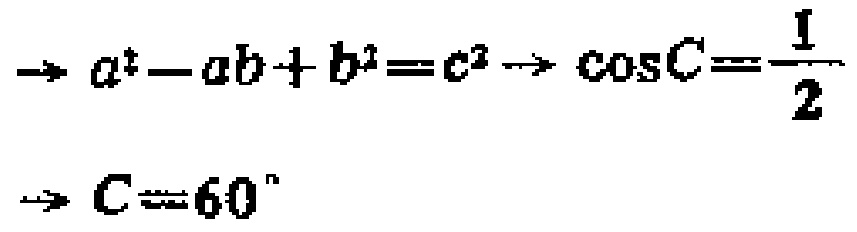
\(\rightarrow a^{2}-ab + b^{2}=c^{2}\rightarrow\cos C=\frac{1}{2}\)
\(\rightarrow C = 60^{\circ}\)